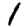
Digit: 1